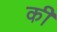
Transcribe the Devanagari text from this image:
की